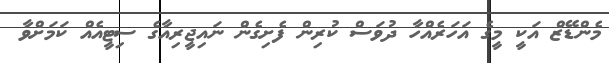
މެންޑޭޒް އަކީ މީގެ އަހަރެއްހާ ދުވަސް ކުރިން ފެށިގެން ނައިޖީރިއާގެ ސިޓީއެއް ކަމަށްވާ